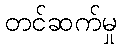
တင်ဆက်မှု